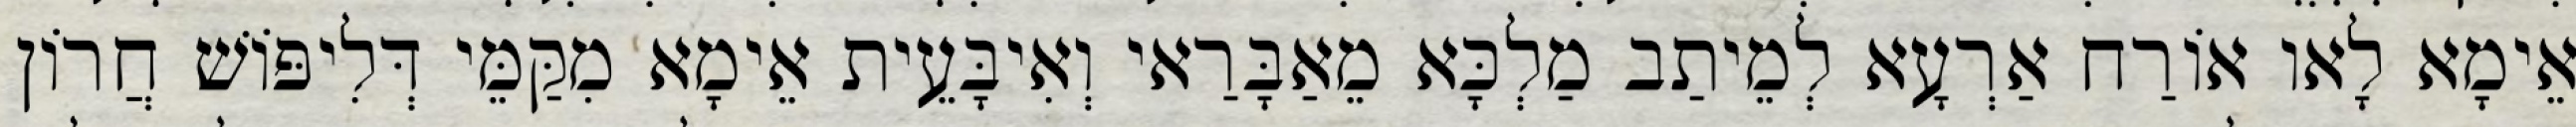
אֵימָא לָאו אוֹרַח אַרְעָא לְמֵיתַב מַלְכָּא מֵאַבָּרַאי וְאִיבָּעֵית אֵימָא מִקַּמֵּי דְּלִיפּוֹשׁ חֲרוֹן